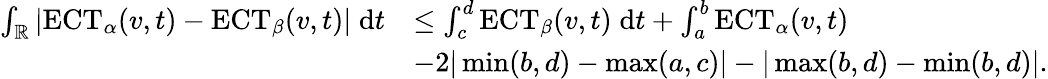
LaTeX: \begin{array}{rl}{\int_{\mathbb{R}}|\mathrm{ECT}_{\alpha}(v,t)-\mathrm{ECT}_{\beta}(v,t)|\; \mathrm{d}t}&{\leq\int_{c}^{d}\mathrm{ECT}_{\beta}(v,t)\; \mathrm{d}t+\int_{a}^{b}\mathrm{ECT}_{\alpha}(v,t)}\\ &{-2|\operatorname*{min}(b,d)-\operatorname*{max}(a,c)|-|\operatorname*{max}(b,d)-\operatorname*{min}(b,d)|.}\end{array}